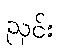
ညှင်း